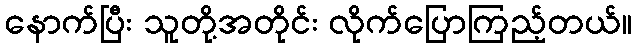
နောက်ပြီး သူတို့အတိုင်း လိုက်ပြောကြည့်တယ်။